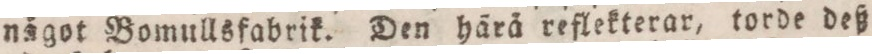
något Bomullsfabrik. Den härå reflekterar, torde deß